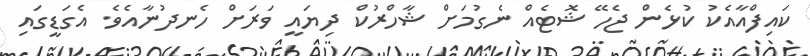
ކައިފްއާއެކު ކުޅެން ޖެހޭ ޝޮޓެއް ނެގުމަށް ޝާހްރުކް ދިޔައީ ވަރަށް ހެނދުނާއެވެ. އެގަޑީގައި